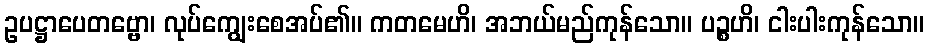
ဥပဋ္ဌာပေတဗ္ဗော၊ လုပ်ကျွေးစေအပ်၏။ ကတမေဟိ၊ အဘယ်မည်ကုန်သော။ ပဉ္စဟိ၊ ငါးပါးကုန်သော။